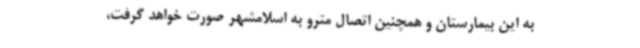
به این بیمارستان و همچنین اتصال مترو به اسلامشهر صورت خواهد گرفت،